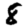
Digit: 8